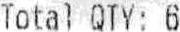
TOTAL QTY: 6